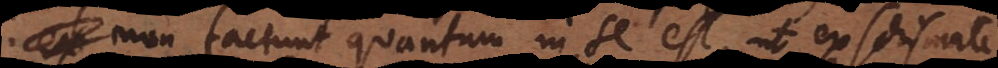
non faciunt quantum in se est, ut ex